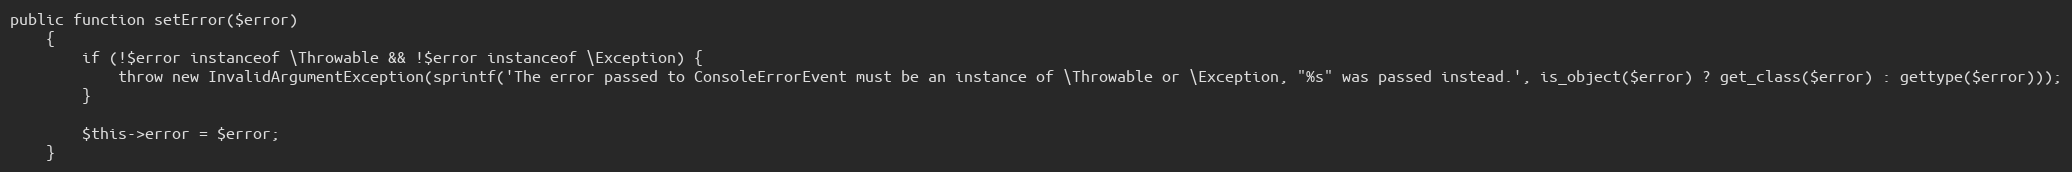
Language: PHP
public function setError($error)
    {
        if (!$error instanceof \Throwable && !$error instanceof \Exception) {
            throw new InvalidArgumentException(sprintf('The error passed to ConsoleErrorEvent must be an instance of \Throwable or \Exception, "%s" was passed instead.', is_object($error) ? get_class($error) : gettype($error)));
        }

        $this->error = $error;
    }